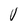
Character: V